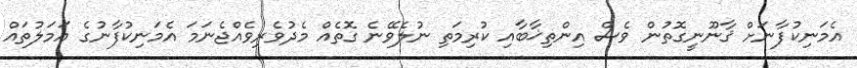
އެމަނިކުފާނަށް ޤާނޫނީގޮތުން ވެސް އިންތިޚާބާއި ކުރިމަތި ނުލެވޭނެ ގޮތެއް މެދުވެރިވެއްޖެނަމަ އެމަނިކުފާނުގެ އަމަލުތައް